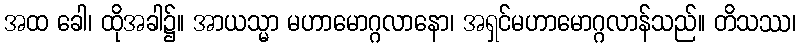
အထ ခေါ၊ ထိုအခါ၌။ အာယသ္မာ မဟာမောဂ္ဂလာနော၊ အရှင်မဟာမောဂ္ဂလာန်သည်။ တိသဿ၊